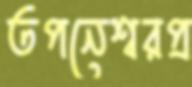
তপনেশ্বরপ্র